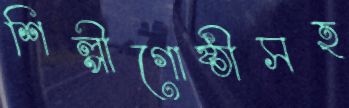
শিল্পীগোষ্ঠীসহ